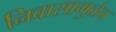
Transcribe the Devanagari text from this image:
निवासामुळेच